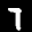
Label: 7